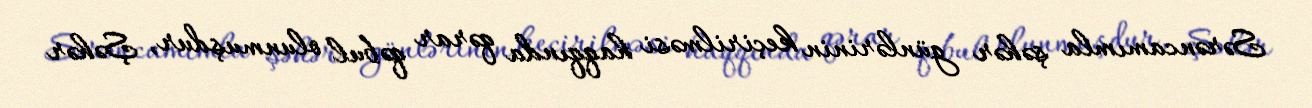
Sərəncamımla şəhər günlərinin keçirilməsi haqqında qərar qəbul olunmuşdur, Şəhər